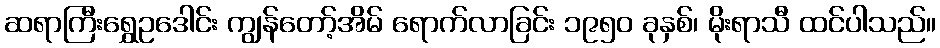
ဆရာကြီးရွှေဥဒေါင်း ကျွန်တော့်အိမ် ရောက်လာခြင်း ၁၉၅၀ ခုနှစ်၊ မိုးရာသီ ထင်ပါသည်။